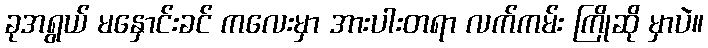
ခုအရွယ် မနှောင်းခင် ကလေးမှာ အားပါးတရာ လက်ကမ်း ကြိုဆို မှာပဲ။